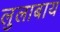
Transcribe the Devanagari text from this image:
लुलाबाय